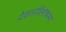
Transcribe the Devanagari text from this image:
देवताविशेषस्य